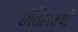
ઈતિહાસથી